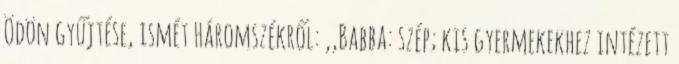
Ödön gyűjtése, ismét Háromszékről: ,,Babba: szép; kis gyermekekhez intézett